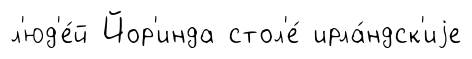
л'юд'е́й Йор'инда стол'е́ ирла́ндск'иjе